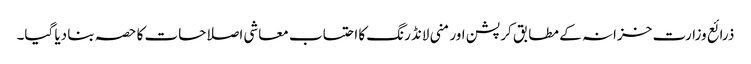
ذرائع وزارت خزانہ کے مطابق کرپشن اور منی لانڈرنگ کا احتساب معاشی اصلاحات کا حصہ بنا دیا گیا۔